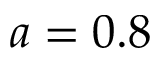
a = 0 . 8